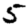
Digit: 5